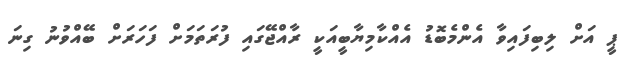
ޕީ އަށް ލިބިފައިވާ އެންމެބޮޑު އެއްކާމިޔާބީއަކީ ރާއްޖޭގައި ފުރަތަމަށް ފަހަރަށް ބޭއްވުނު ގިނަ